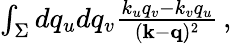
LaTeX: \begin{array}{r}{\int_{\Sigma}dq_{u}dq_{v}\frac{k_{u}q_{v}-k_{v}q_{u}}{(\textbf{k}-\textbf{q})^{2}}\, ,}\end{array}